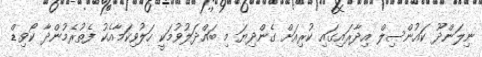
ނިލަންދޫ ކައުންސިލް އިދާރައިގައި ކުރިއަށް ގެންދިޔަ މި ބައްދަލުވުމަކީ ހަލުވިކަމާއެކު ފެތުރެމުންދާ ކޯވިޑް